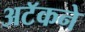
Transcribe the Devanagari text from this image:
अटॅकने